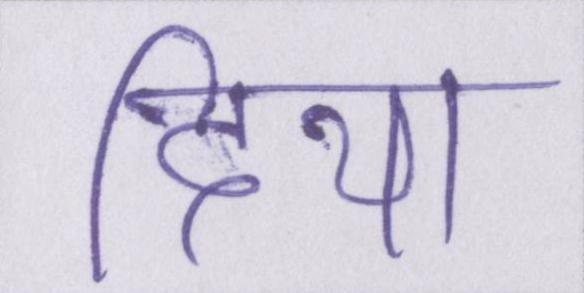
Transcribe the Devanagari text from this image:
दिया